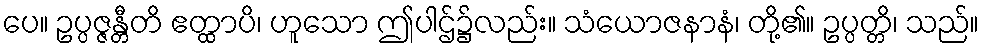
ပေ။ ဥပ္ပဇ္ဇန္တီတိ ဧတ္ထာပိ၊ ဟူသော ဤပါဌ်၌လည်း။ သံယောဇနာနံ၊ တို့၏။ ဥပ္ပတ္တိ၊ သည်။